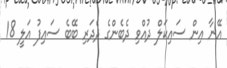
އޭނާ އިން ސައިކަލް ދުއްވި ދެބެންގެ ދެދަރި ބޭބެ ސައިފު އަލީ 18